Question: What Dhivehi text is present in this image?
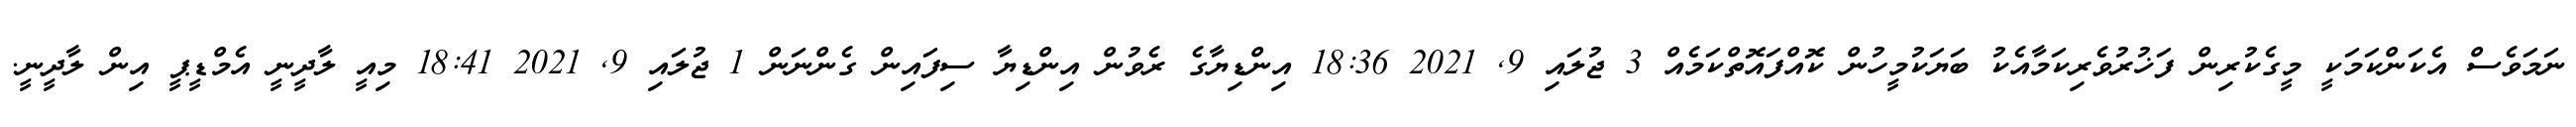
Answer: ނަމަވެސް އެކަންކަމަކީ މީގެކުރިން ފަޚުރުވެރިކަމާއެކު ބަޔަކުމީހުން ކޮއްފައޮތްކަމެއް 3 ޖުލައި 9, 2021 18:36 އިންޑިޔާގެ ރެވުން އިންޑިޔާ ސިފައިން ގެންނަން 1 ޖުލައި 9, 2021 18:41 މިއީ ލާދީނީ އެމްޑީޕީ އިން ލާދީނީ.